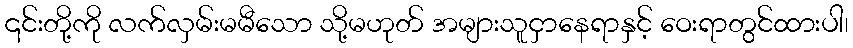
၎င်းတို့ကို လက်လှမ်းမမီသော သို့မဟုတ် အများသူငှာနေရာနှင့် ဝေးရာတွင်ထားပါ၊